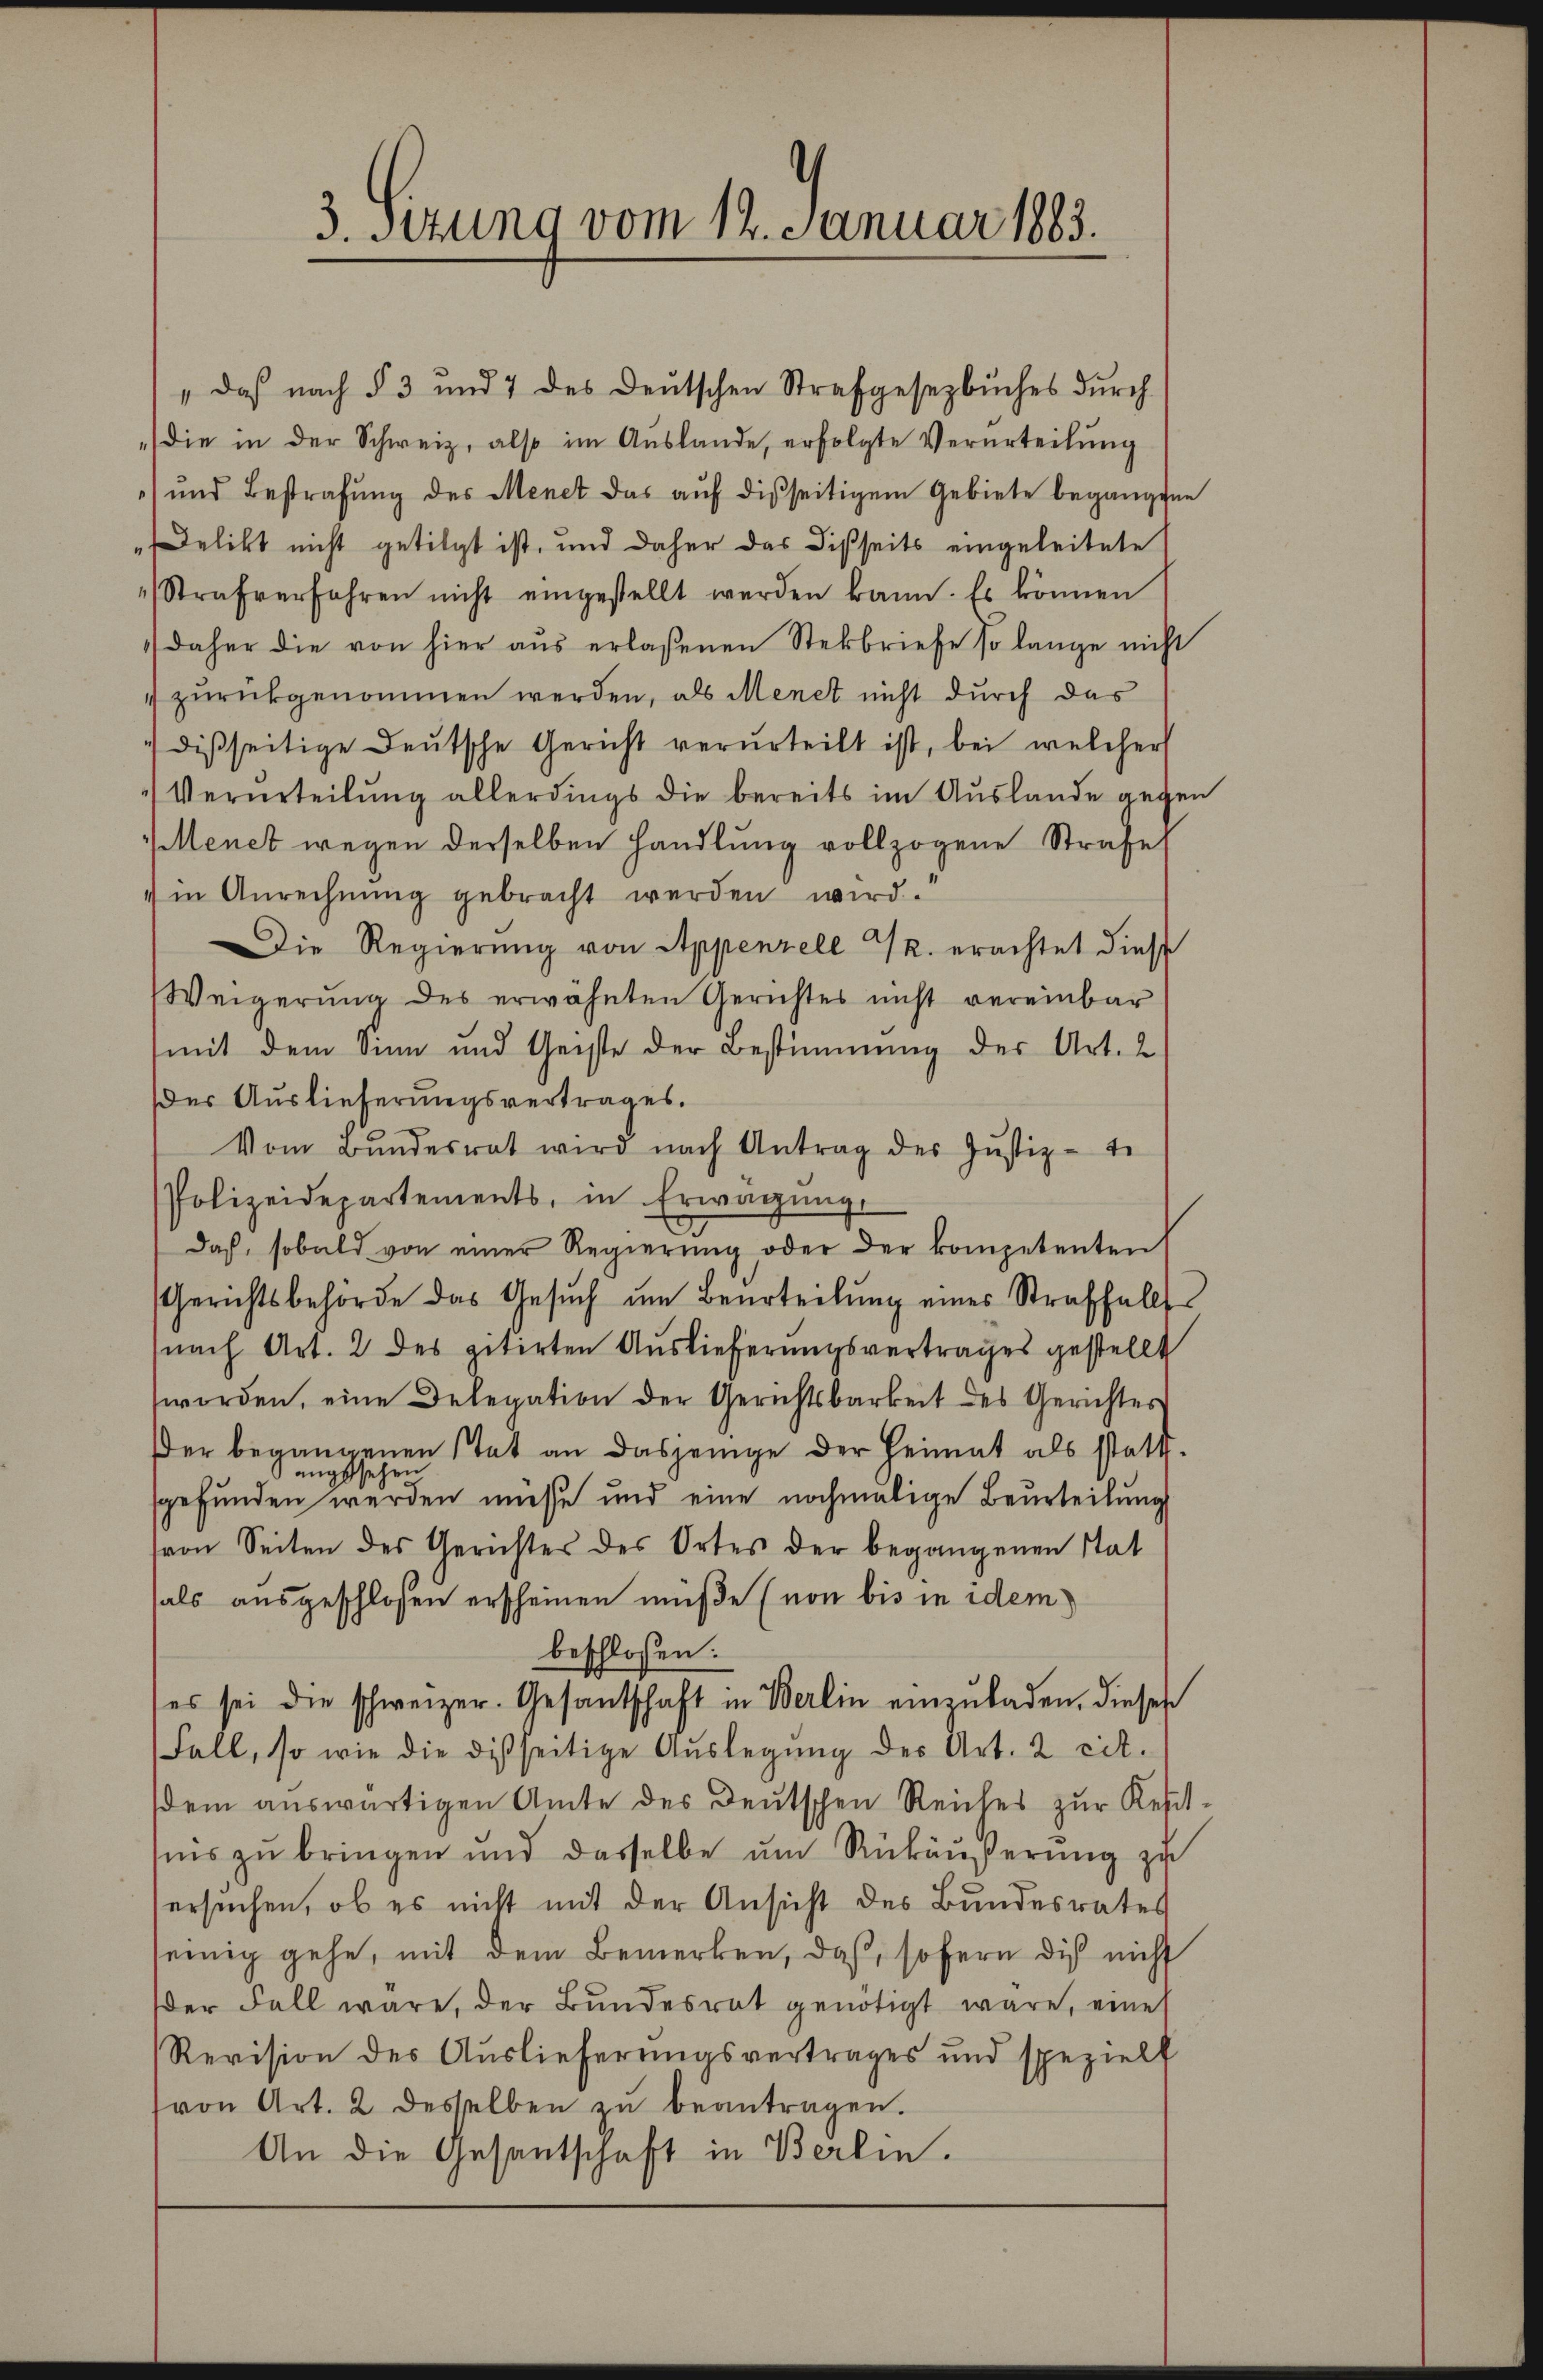
3. sezung vom 12. Januar 1883.

" daß nach § 3 und 7 des Deutschen Strafgesezbuches durch
die in der Schweiz, also im Auslande, erfolgte Verurteilung
und Bestrafŭng des Menet das aŭf disseitigem Gebiete begangene
Delikt nicht getilgt ist, und daher das Disseits eingeleitete
Strafverfahren nicht eingestellt werden kann. Es können
daher die von hier aŭs erlaßenen Sterbriefe so lange nicht
4 zurückgenommen werden, als Menet nicht durch das
dißseitige Deutsche Gericht verurteilt ist, bei welcher
Verurteilung allerdings die bereits im Auslande gegen
Menet wegen derselben handlung vollzogene Strafe
in Anrechnung gebracht werden wird.
Die Regierung von Appenzell PR. erachtet dies
Weigerung des erwähnten Gerichtes nicht vereinbar
(mit dem Sinn und Geiste der Bestimmung der Art. 2
der Auslieferungsvertrages.
Vom Bŭndesrat wird nach Antrag des Jŭstiz-te
Polizeidepartements, in Erwägŭng
Daß, sobald von einer Regierŭng oder der kompetenten
Gerichtsbehörde das Gesŭch ŭm Beurteilŭng eines Straffalls
(nach Art. 2 des zitirten Auslieferungsvertrages gestellt
worden, eine Delegation der Gerichtsbarkeit des Gerichtes
er begangenen stat an dasjenige der Heimat als statt.
angesehen
sgefunden werden müsse und eine nochmalige Beurteilung
von Seiten des Gerichtes des Ortes der begangenen Stat
als ausgeschlossen erscheinen müße (von bis in idem
beschlossen:
es sei die schweizer. Gesantschaft in Berlin einzŭladen, dieses
Fall, so wie die disseitige Aŭslegŭng der Art. 2 cit.
dem auswärtigen Amte des Deutschen Reiches zur Rest-
tnis zu bringen und dasselbe um Rükäußerung zu
ersuchen, ob es nicht mit der Ansicht des Bundesrates
seinig gehe, mit dem Bemerken, daß, sofern dich nicht
der Fall wäre, der Bundesrat genötigt wäre, eine
Revision des Auslieferungsvertrages und spezielt
von Art. 2 desselben zŭ beantragen.
An die Gesantschaft in Berlin.